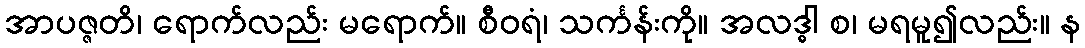
အာပဇ္ဇတိ၊ ရောက်လည်း မရောက်။ စီဝရံ၊ သင်္ကန်းကို။ အလဒ္ဓါ စ၊ မရမူ၍လည်း။ န